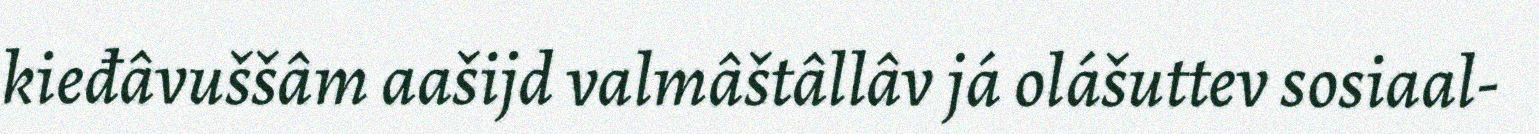
kieđâvuššâm aašijd valmâštâllâv já olášuttev sosiaal-